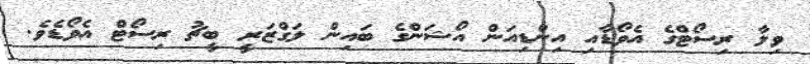
ވިލާ ރިސޯޓްގެ އެވޯޑާއި އިންޑިއަން އޯޝަންގެ ބައިން ލަގްޒަރީ ބީޗު ރިސޯޓް އެވޯޑެވެ.